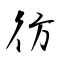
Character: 彷